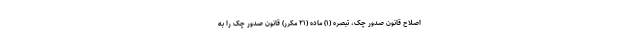
اصلاح قانون صدور چک، تبصره (۱) ماده (۲۱ مکرر) قانون صدور چک را به